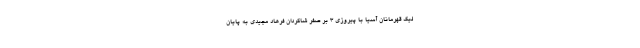
لیگ قهرمانان آسیا با پیروزی ۳ بر صفر شاگردان فرهاد مجیدی به پایان